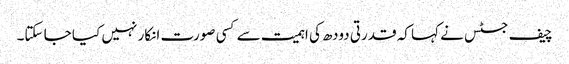
چیف جسٹس نے کہا کہ قدرتی دودھ کی اہمیت سے کسی صورت انکار نہیں کیا جا سکتا۔